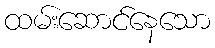
ထမ်းဆောင်နေသော